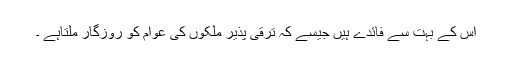
اس کے بہت سے فائدے ہیں جیسے کہ ترقی پذیر ملکوں کی عوام کو روزگار ملتاہے ۔